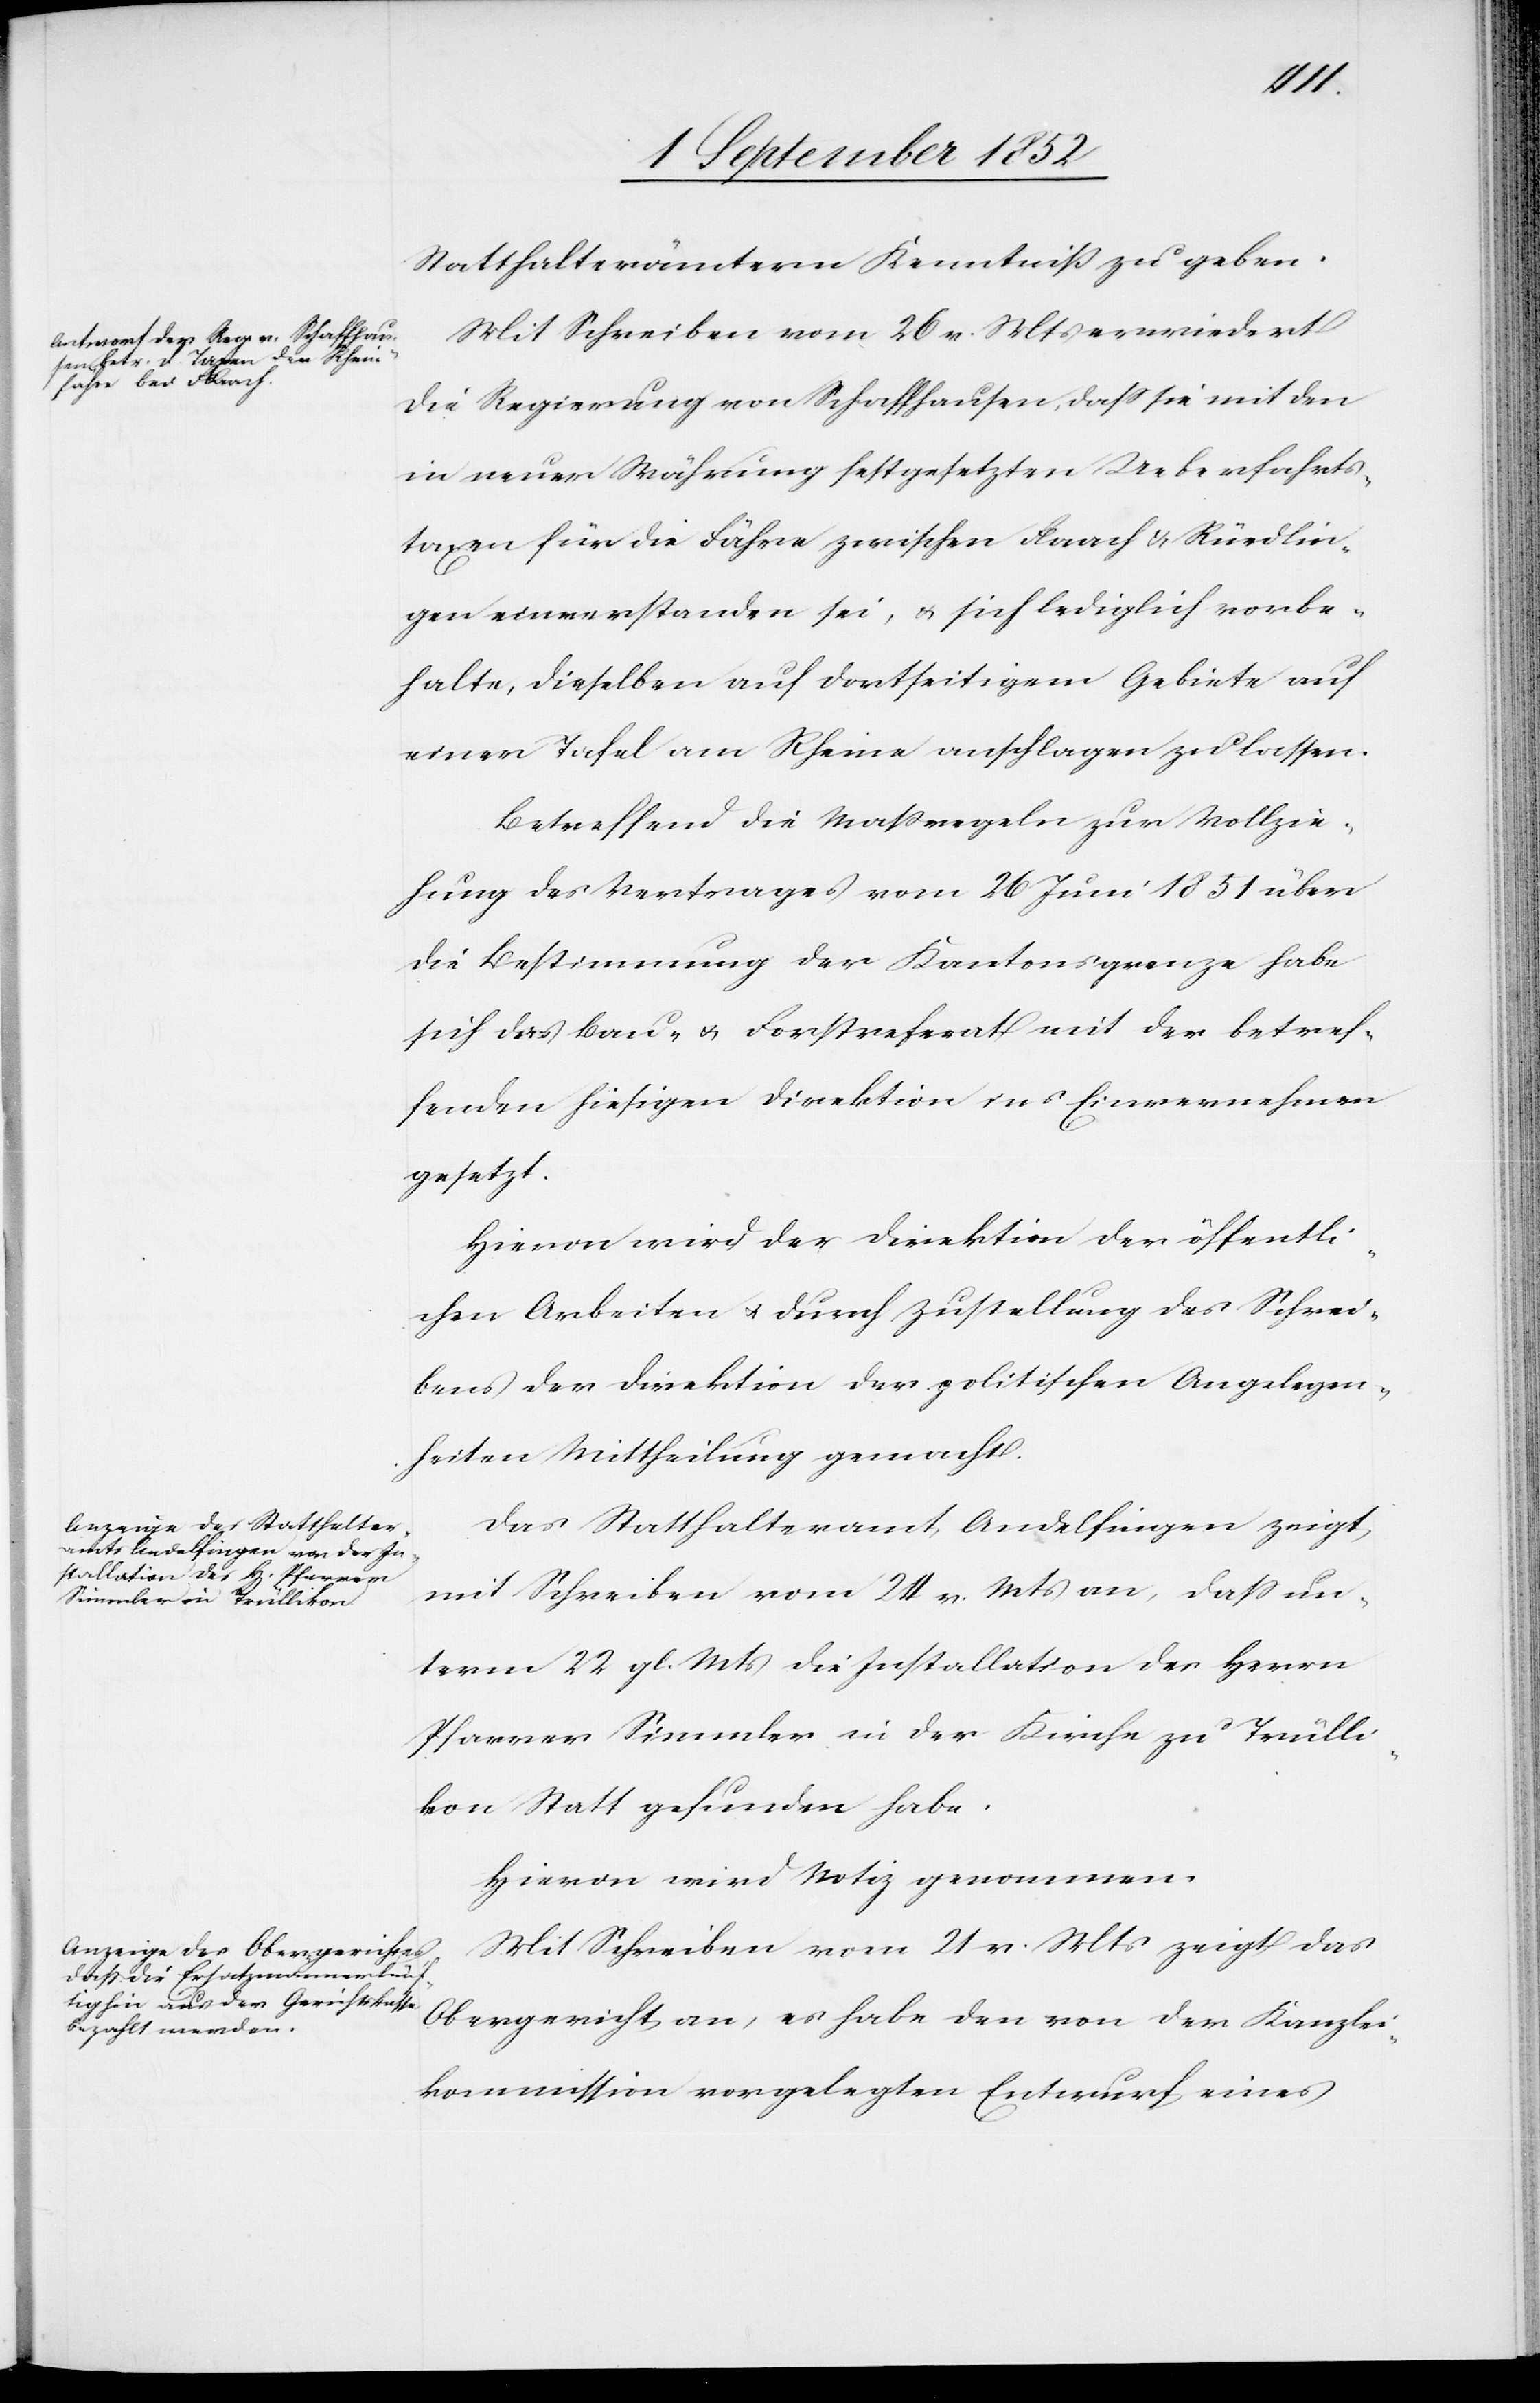
Statthalterämtern Kenntniß zu geben.
Mit Schreiben vom 26 v. Mts erwiedert
die Regierung von Schaffhausen, dass sie mit den
in neuer Währung festgesetzten Ueberfahrts¬
taxen für die Fähre zwischen Flaach & Rüedlin¬
gen einverstanden sei, & sich lediglich vorbe¬
halte, dieselben auf dortseitigem Gebiete auf
einer Tafel am Rheine anschlagen zu lassen.
Betreffend die Maßregeln zur Vollzie¬
hung des Vertrages vom 26 Juni 1851 über
die Bestimmung der Kantonsgrenze habe
sich das Bau- & Forstreferat mit der betref¬
fenden hiesigen Direktion ins Einvernehmen
gesetzt.
Hievon wird der Direktion der öffentli¬
chen Arbeiten & durch Zustellung des Schrei¬
bens der Direktion der politischen Angelegen¬
heiten Mittheilung gemacht.
Das Statthalteramt Andelfingen zeigt
mit Schreiben vom 24. v. Mts an, dass un¬
term 22 gl. Mts die Installation des Herrn
Pfarrer Simmler in der Kirche zu Trülli¬
kon Statt gefunden habe.
Hievon wird Notiz genommen.
Mit Schreiben vom 21 v. Mts zeigt das
Obergericht an, es habe den von der Kanzlei¬
kommission vorgelegten Entwurf eines